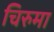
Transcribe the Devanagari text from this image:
चिरुमा